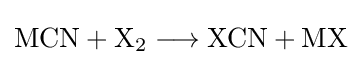
\mathrm {MCN+X_{2}\longrightarrow XCN+MX}